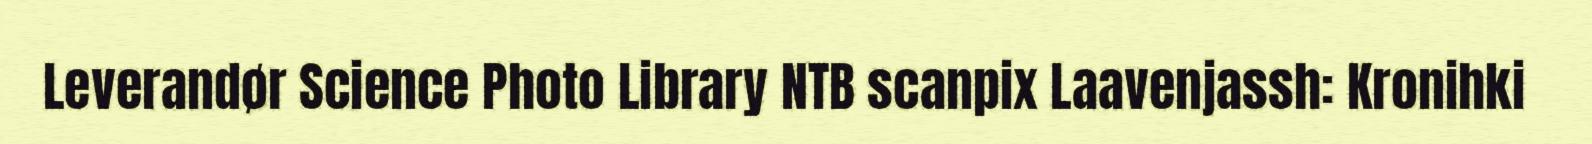
Leverandør Science Photo Library NTB scanpix Laavenjassh: Kronihki